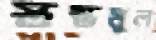
স্তম্ভমূল